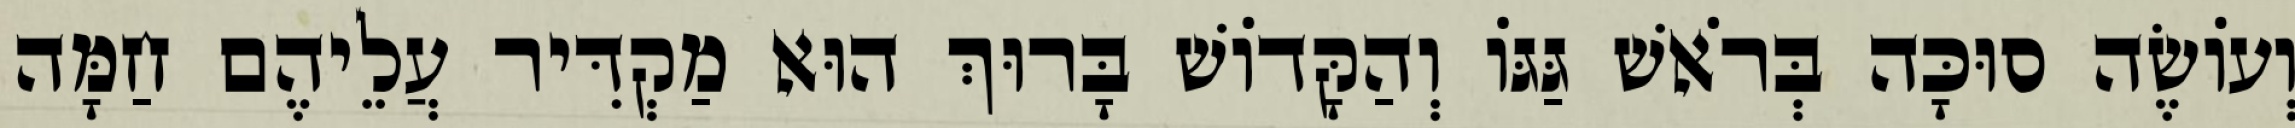
וְעוֹשֶׂה סוּכָּה בְּרֹאשׁ גַּגּוֹ וְהַקָּדוֹשׁ בָּרוּךְ הוּא מַקְדִּיר עֲלֵיהֶם חַמָּה